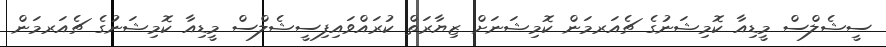
ސީޝެލްސް މީޑިއާ ކޮމިޝަނުގެ ޗެއަރމަން ކޮމިޝަނަށް ޒިޔާރަތް ކުރައްވައިފިސީޝެލްސް މީޑިއާ ކޮމިޝަނުގެ ޗެއަރމަން